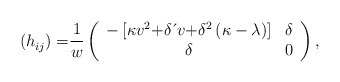
\begin{align*}{\small (h}_{ij}{\small )=}\frac{1}{w}\left(\begin{array}[c]{cc}-\left[ \kappa v^{2}{\small +}\delta \,\acute{}\,v{\small +}\delta^{2}\left( \kappa-\lambda \right) \right] & \delta \\\delta & 0\end{array}\right) , \end{align*}